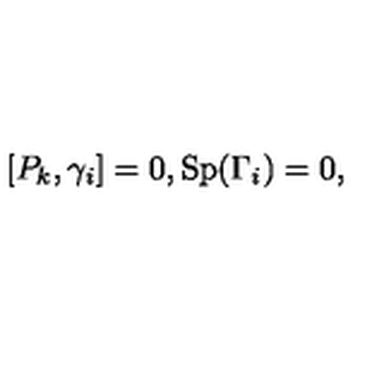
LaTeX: [ P _ { k } , \gamma _ { i } ] = 0 , \mathrm { S p } ( \Gamma _ { i } ) = 0 ,